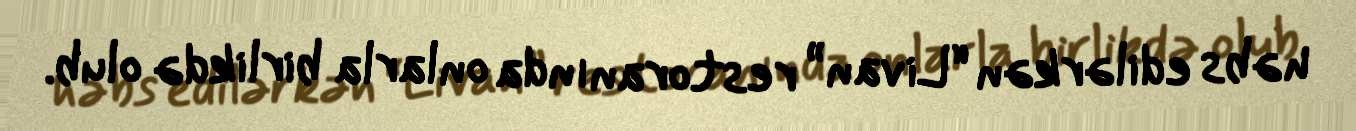
həbs edilərkən “Livan” restoranında onlarla birlikdə olub.